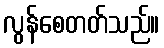
လွန်စေတတ်သည်။